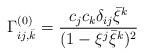
LaTeX: \begin{align*}\Gamma_{ij,\bar{k}}^{(0)}=\frac{c_jc_k\delta_{ij}\bar{\xi}^{k}}{(1-\xi^j\bar{\xi}^{k})^2} \end{align*}